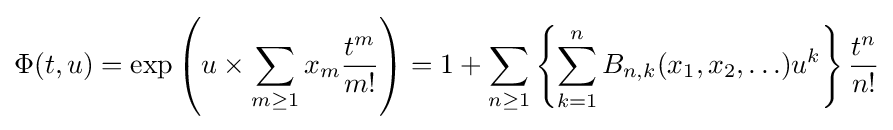
\Phi (t,u)=\exp \left(u\times \sum _{m\geq 1}x_{m}{\frac {t^{m}}{m!}}\right)=1+\sum _{n\geq 1}\left\{\sum _{k=1}^{n}B_{n,k}(x_{1},x_{2},\ldots )u^{k}\right\}{\frac {t^{n}}{n!}}